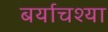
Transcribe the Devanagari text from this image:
बर्याचश्या